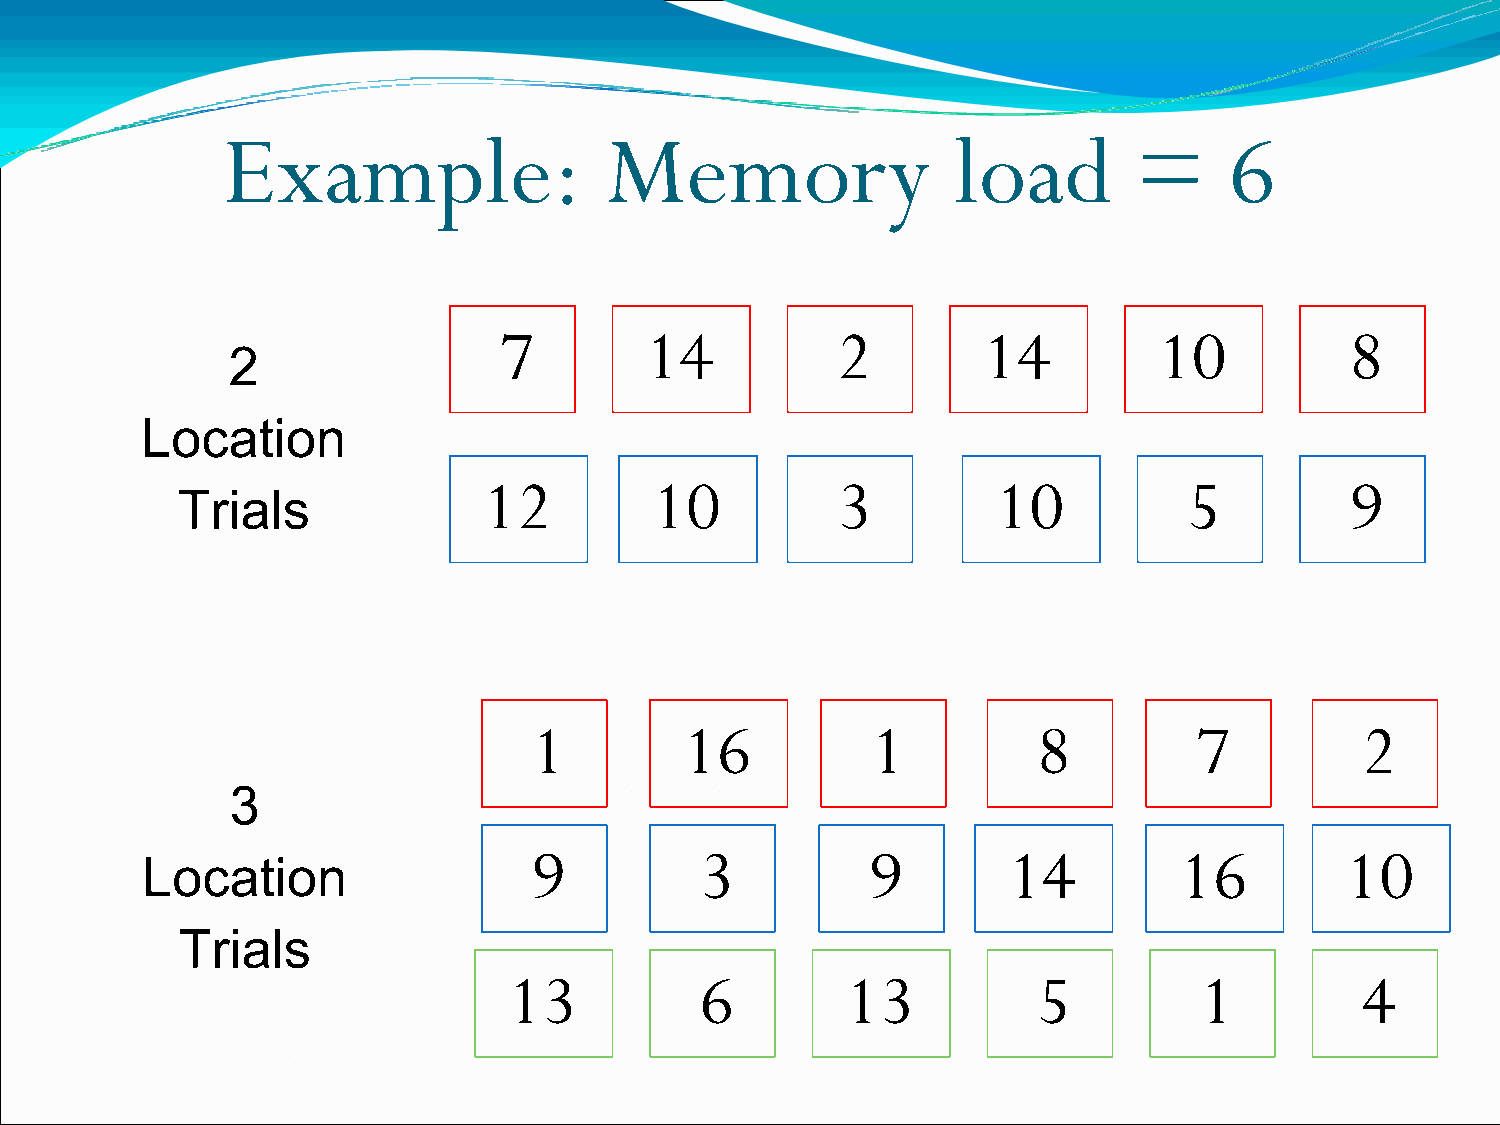
Example:                 Memory                 load        =     6
 7         14          2         14          10          8
 2
 Location
 12         10          3          10           5         9
 Trials
 1         16           1          8         7          2
 3
 Location                  9          3          9         14         16         10
 Trials
 13          6         13           5         1          4